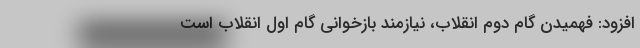
افزود: فهمیدن گام دوم انقلاب، نیازمند بازخوانی گام اول انقلاب است